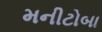
મનીટોબા